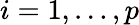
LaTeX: i=1,\ldots,p